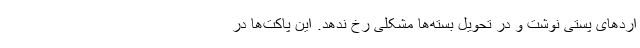
اردهای پستی نوشت و در تحویل بسته‌ها مشکلی رخ ندهد. این پاکت‌ها در